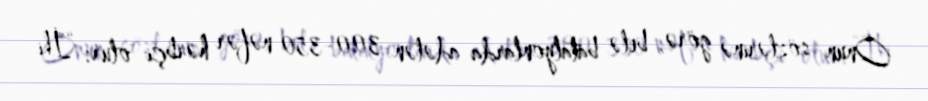
Onun sözlərinə görə, belə batalyonlarda adətən 300-350 nəfər hərbçi olur: “İki